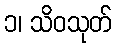
၁၊ သိဝသုတ်